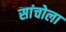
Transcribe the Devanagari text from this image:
सांचोला